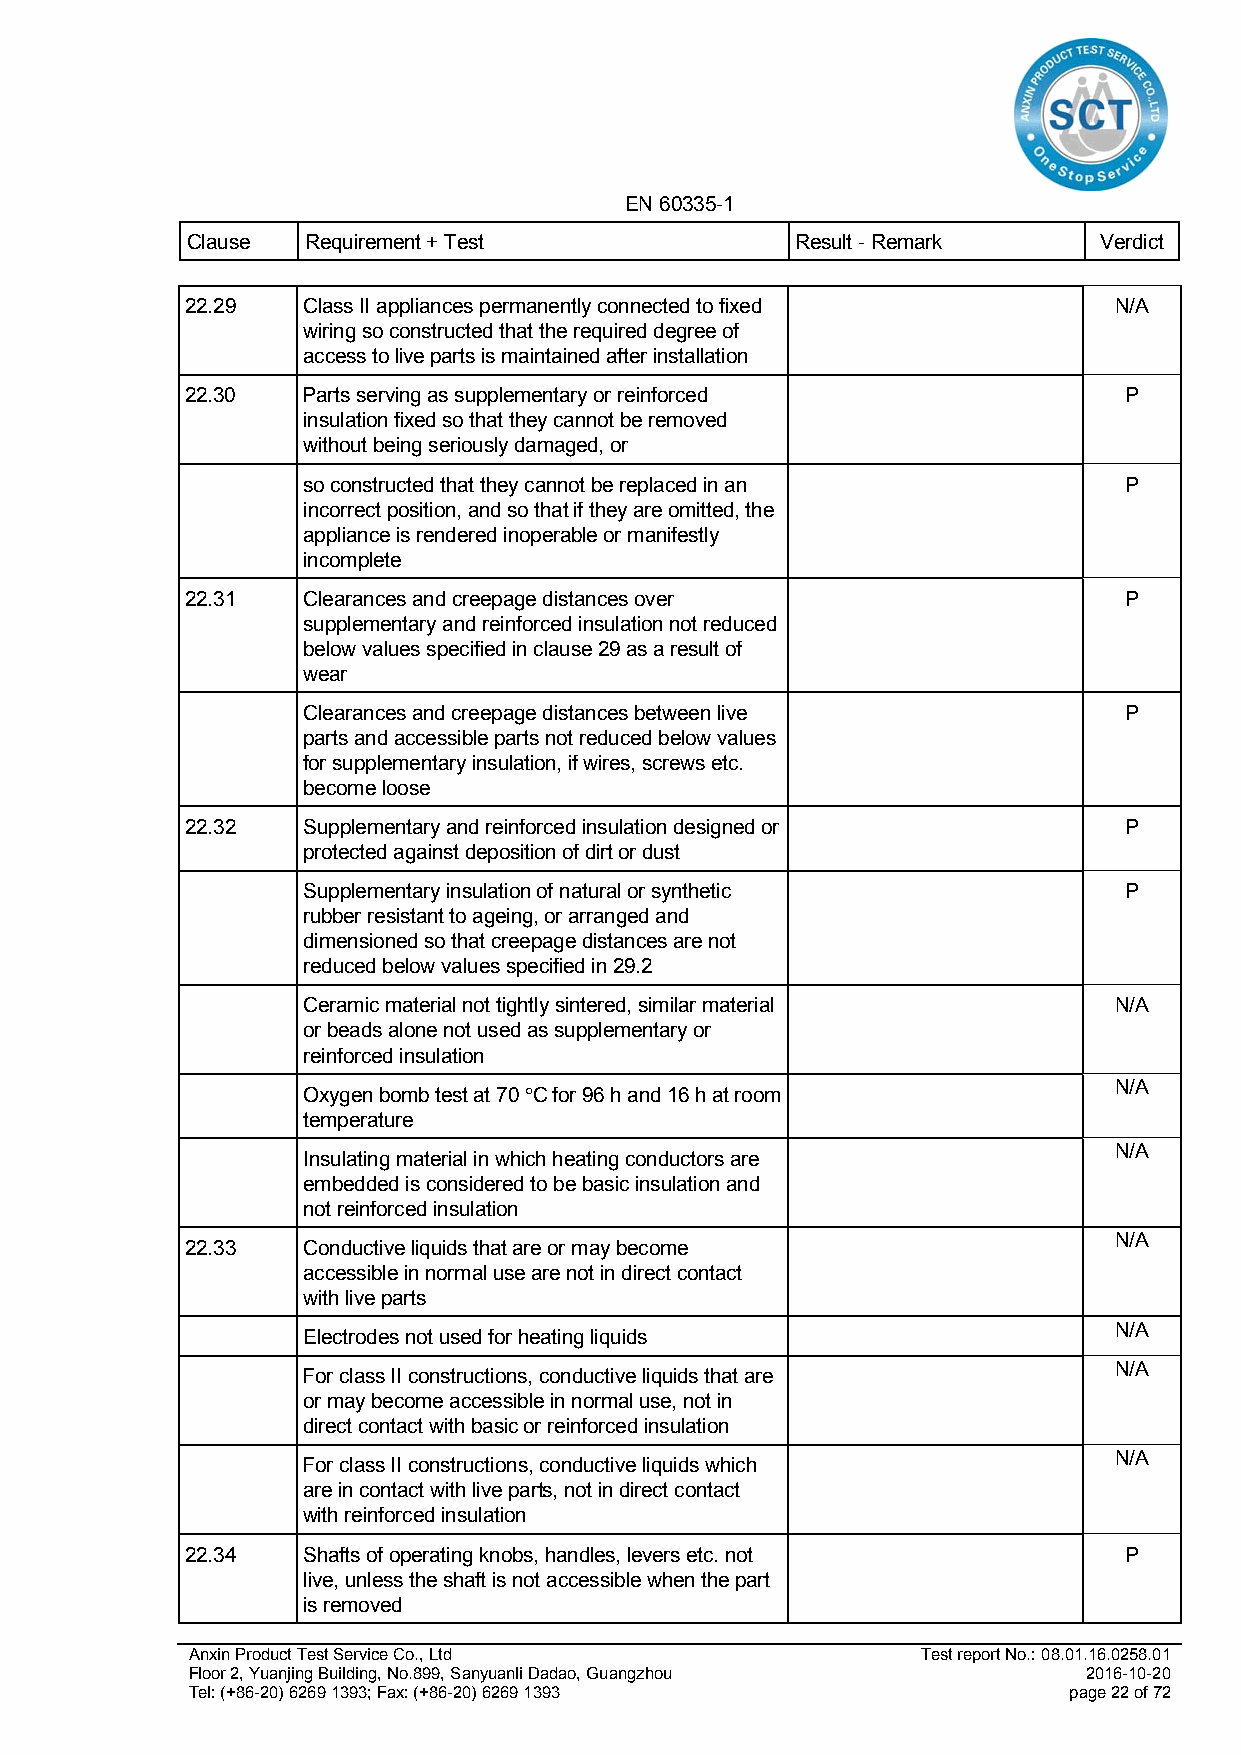
EN 60335-1
 Clause  Requirement + Test               Result - Remark     Verdict
 22.29   Class II appliances permanently connected to fixed    N/A
 wiring so constructed that the required degree of
 access to live parts is maintained after installation
 22.30   Parts serving as supplementary or reinforced          P
 insulation fixed so that they cannot be removed
 without being seriously damaged, or
 so constructed that they cannot be replaced in an     P
 incorrect position, and so that if they are omitted, the
 appliance is rendered inoperable or manifestly
 incomplete
 22.31   Clearances and creepage distances over                P
 supplementary and reinforced insulation not reduced
 below values specified in clause 29 as a result of
 wear
 Clearances and creepage distances between live        P
 parts and accessible parts not reduced below values
 for supplementary insulation, if wires, screws etc.
 become loose
 22.32   Supplementary and reinforced insulation designed or   P
 protected against deposition of dirt or dust
 Supplementary insulation of natural or synthetic      P
 rubber resistant to ageing, or arranged and
 dimensioned so that creepage distances are not
 reduced below values specified in 29.2
 Ceramic material not tightly sintered, similar material N/A
 or beads alone not used as supplementary or
 reinforced insulation
 N/A
 Oxygen bomb test at 70 C for 96 h and 16 h at room
 temperature
 N/A
 Insulating material in which heating conductors are
 embedded is considered to be basic insulation and
 not reinforced insulation
 N/A
 22.33   Conductive liquids that are or may become
 accessible in normal use are not in direct contact
 with live parts
 N/A
 Electrodes not used for heating liquids
 N/A
 For class II constructions, conductive liquids that are
 or may become accessible in normal use, not in
 direct contact with basic or reinforced insulation
 N/A
 For class II constructions, conductive liquids which
 are in contact with live parts, not in direct contact
 with reinforced insulation
 22.34   Shafts of operating knobs, handles, levers etc. not   P
 live, unless the shaft is not accessible when the part
 is removed
 Anxin Product Test Service Co., Ltd              Test report No.: 08.01.16.0258.01
 Floor 2, Yuanjing Building, No.899, Sanyuanli Dadao, Guangzhou 2016-10-20
 Tel: (+86-20) 6269 1393; Fax: (+86-20) 6269 1393           page 22 of 72